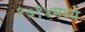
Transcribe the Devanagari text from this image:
१७१४मध्ये